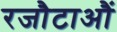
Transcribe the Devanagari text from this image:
रजौटाऔं